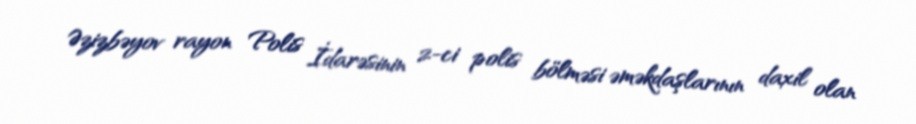
Əzizbəyov rayon Polis İdarəsinin 2-ci polis bölməsi əməkdaşlarının daxil olan